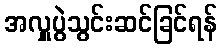
အလှူပွဲသွင်းဆင်ခြင်ရန်